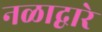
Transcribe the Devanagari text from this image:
नळाद्वारे